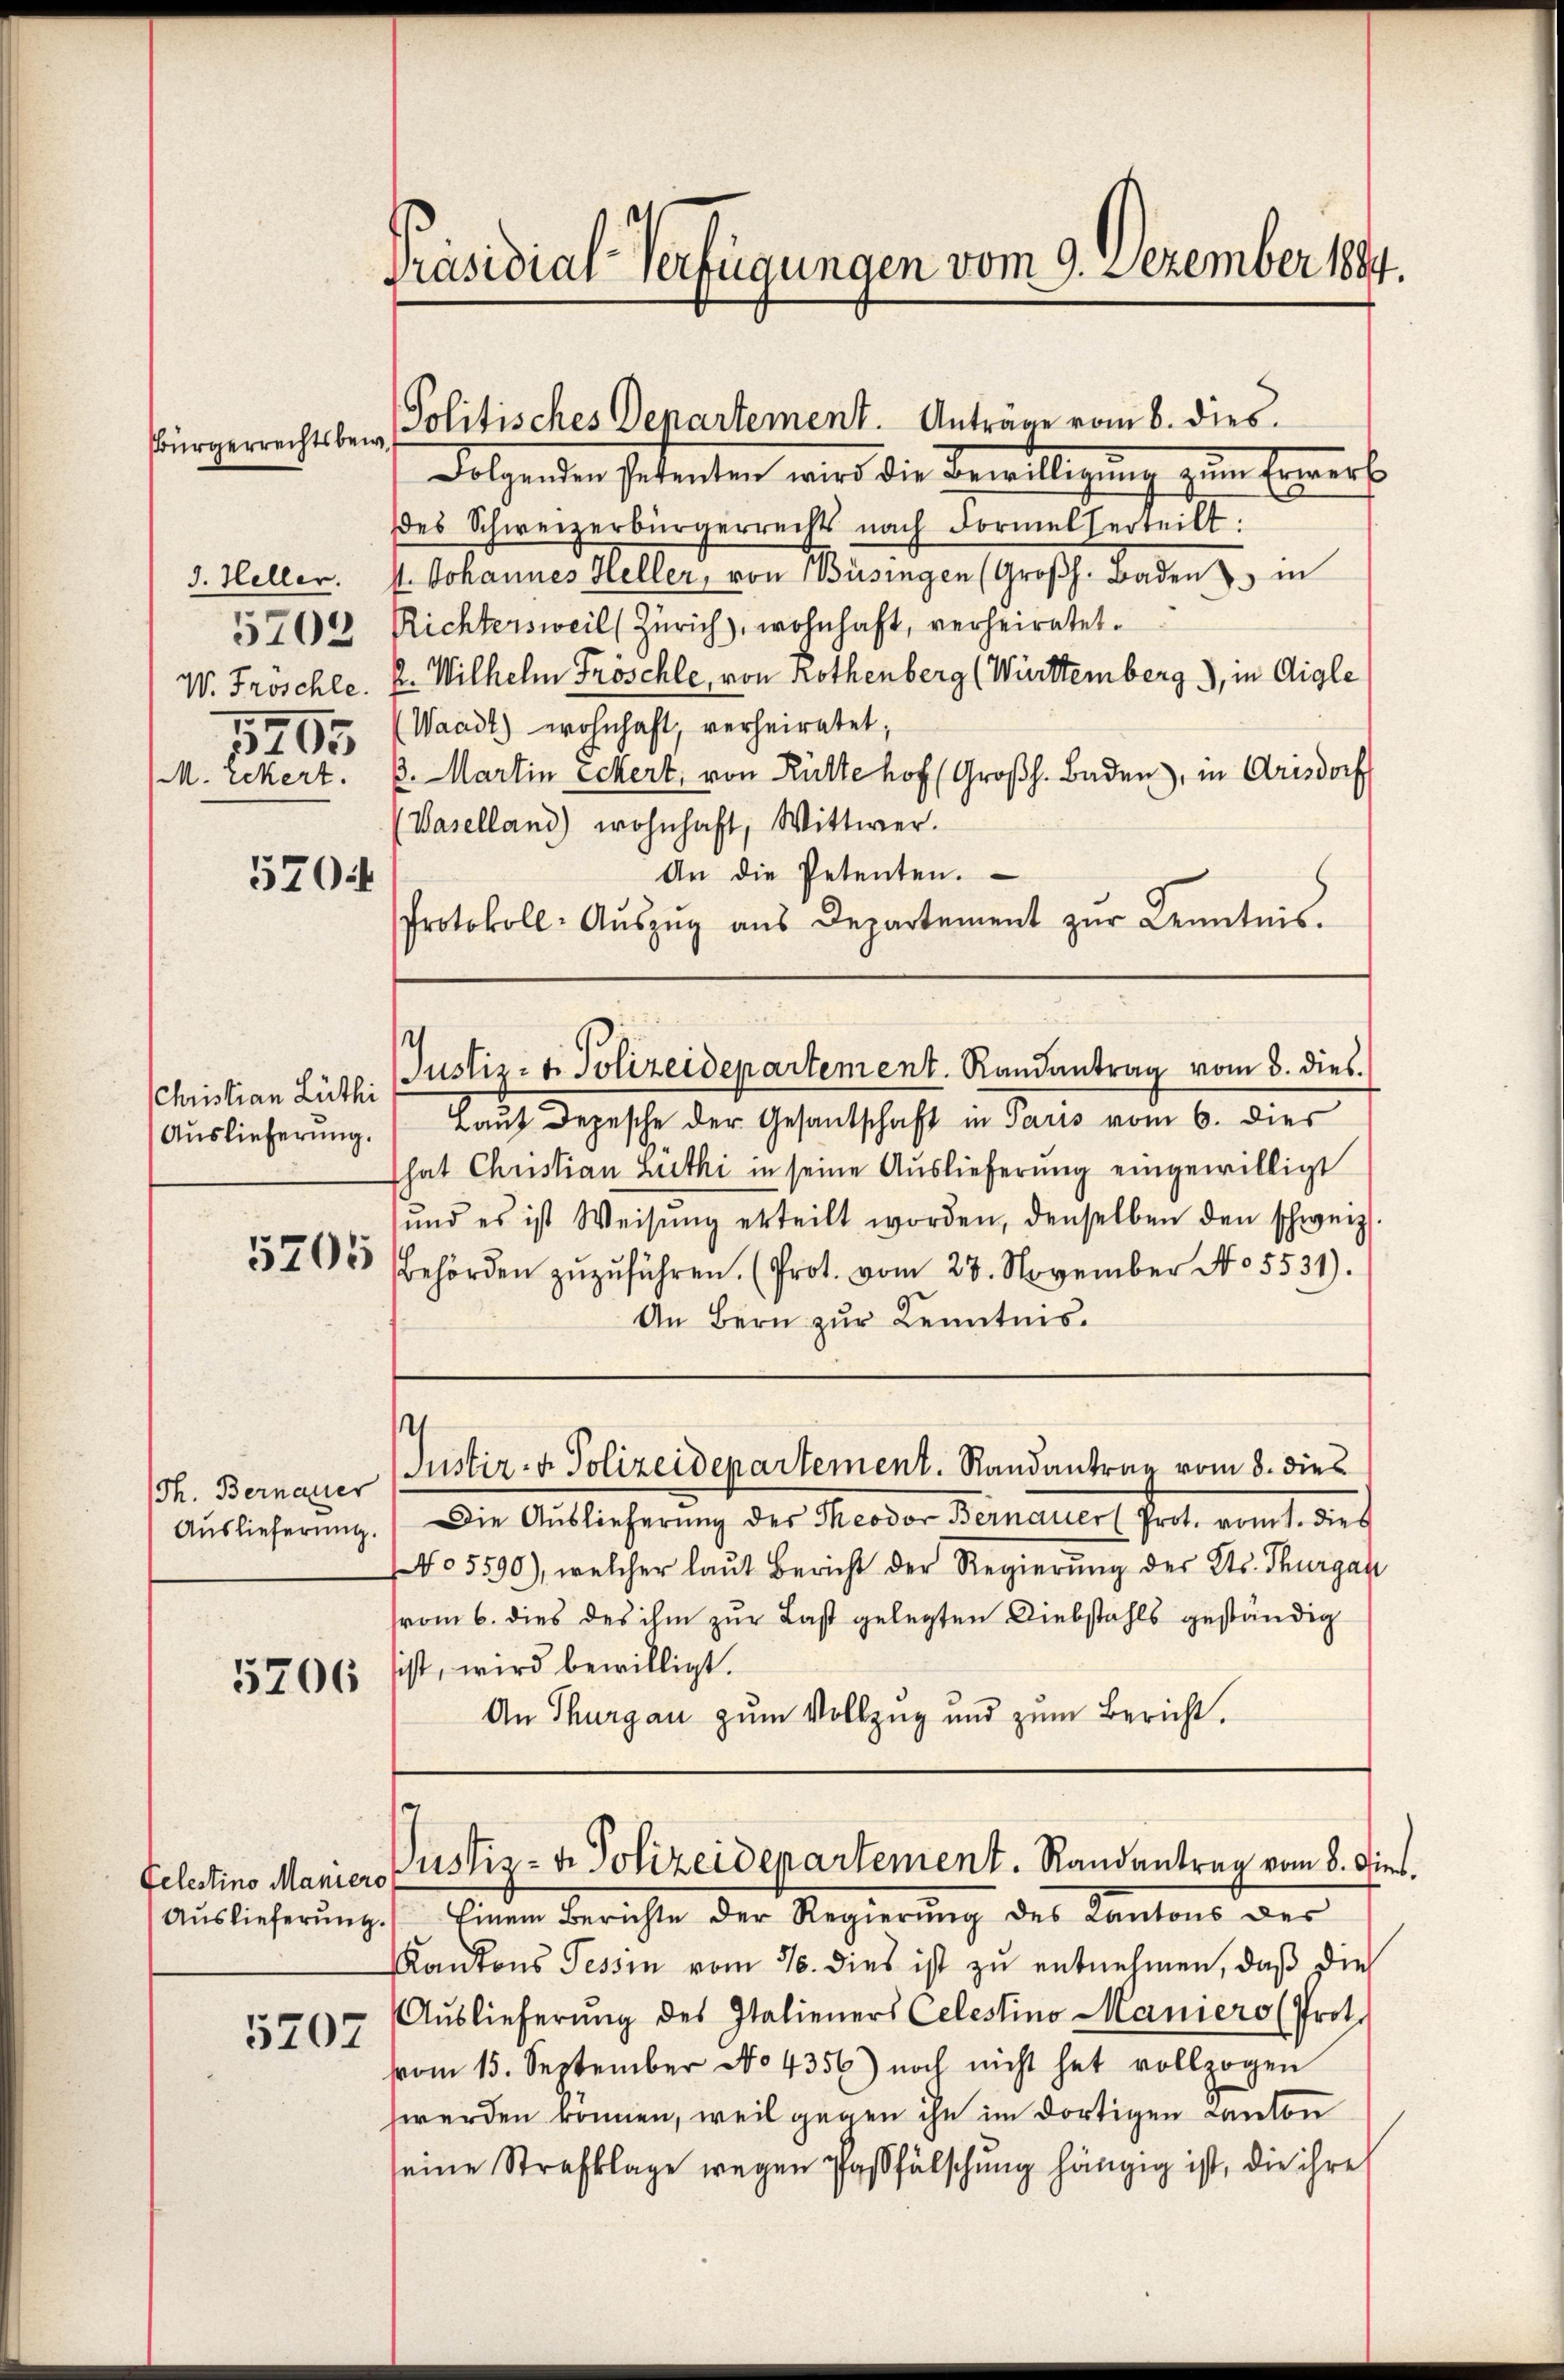
Bürgerrechtsbe¬

J. Heller.
5702
W. Froschle.
1205

5704

5705

Th. Bernauer

5206

5207

schristian Lüthi
Auslieferung.

Präsidial-Verfügungen vom 9. Dezember 1884.

Politisches Departement. Anträge vom 8. dies
w

Folgenden Petenten wird die Bewilligung zum Erwerb
es Schweizerbürgerrechts nach Formel verteilt:
s. Johannes Heller, von Büsingen (Großh. Baden & in
Richtersweil (Zürich), wohnhaft, verheiratet.
2. Wilhelm Fröschle, von Rothenberg (Württemberg), in Aigle
Waadt) wohnhaft, verheiratet;
(M. rekert. 3. Martin Schert, von Ritte hof (Großh. Baden, in Arisdorf
(Vaselland) wohnhaft, Wittwer.
An die Petenten.
Protokoll-Aŭszŭg ans Departement zŭr Kenntnis.
Laut Depesche der Gesantschaft in Paris vom 6. dies
That Christian Luthi in seine Auslieferung eingewilligt
ŭnd es ist Weisŭng erteilt worden, denselben den schweiz.
Behörden zŭzŭführen. (Prot. vom 28. November No. 5531).
An Bern zur Kenntnis.
.
Justiz- & Polizeidepartement. Randantrag vom 8. dies
Auslieferŭng. Die Auslieferŭng der Theodor Bernauer (Prot. vom 1. dies
05590), welcher laut Bericht der Regierung des Kts. Thurgau
vom 6. dies des ihm zur Last gelegten Diebstahls geständig
ist, wird bewilligt.
An Thurgau zum Vollzug und zum Bericht.

Justiz- & Polizeidepartement. Randantrag vom 8. dies

Aŭslieferŭng. Einem Berichte der Regierŭng des Kantons der
Kantons Tessin vom 16. dies ist zu entnehmen, daß die
Auslieferung des Italieners Celestino Maniero (Prot.
vom 15. September No 4356) noch nicht hat vollzogen
werden können, weil gegen ihn im dortigen Canton
seine Strafklage wegen Paßfälschung hängig ist, die ihre

Telestino Manier Pustiz- & Polizeidepartement. Randantrag vom 8. Juni.